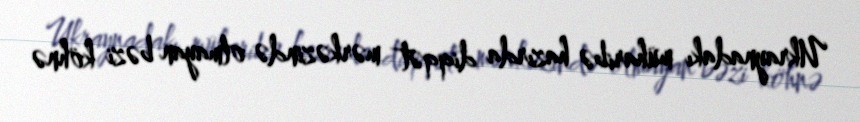
Ukraynadakı müharibə hazırda diqqət mərkəzində olmayan bəzi köhnə